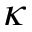
\kappa